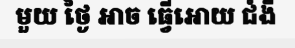
មួយ ថ្ងៃ អាច ធ្វើអោយ ជំងឺ